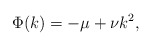
\begin{align*}\Phi(k)=-\mu+\nu k^2, \end{align*}